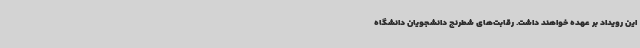
این رویداد بر عهده خواهند داشت. رقابت‌های شطرنج دانشجویان دانشگاه